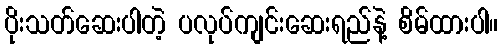
ပိုးသတ်ဆေးပါတဲ့ ပလုပ်ကျင်းဆေးရည်နဲ့ စိမ်ထားပါ။